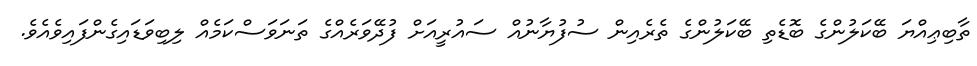
ތާބިޢިއްޔަ ބޭކަލުންގެ ބޮޑެތި ބޭކަލުންގެ ތެރެއިން ސުފުޔާނުއް ސައުރީއަށް ފުދޭވަރެއްގެ ތަނަވަސްކަމެއް ލިބިވަޑައިގެންފައިވެއެވެ.